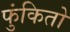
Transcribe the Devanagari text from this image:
फुंकितो